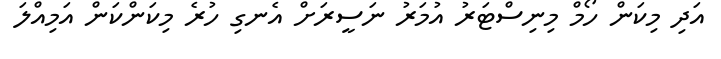
އަދި މިކަން ހޯމް މިނިސްޓަރު އުމަރު ނަސީރަށް އެނގި ހުރެ މިކަންކަން އަމިއްލަ